Vaccination in Bombay 1863-1868 - 1863-1868
Year: 1863
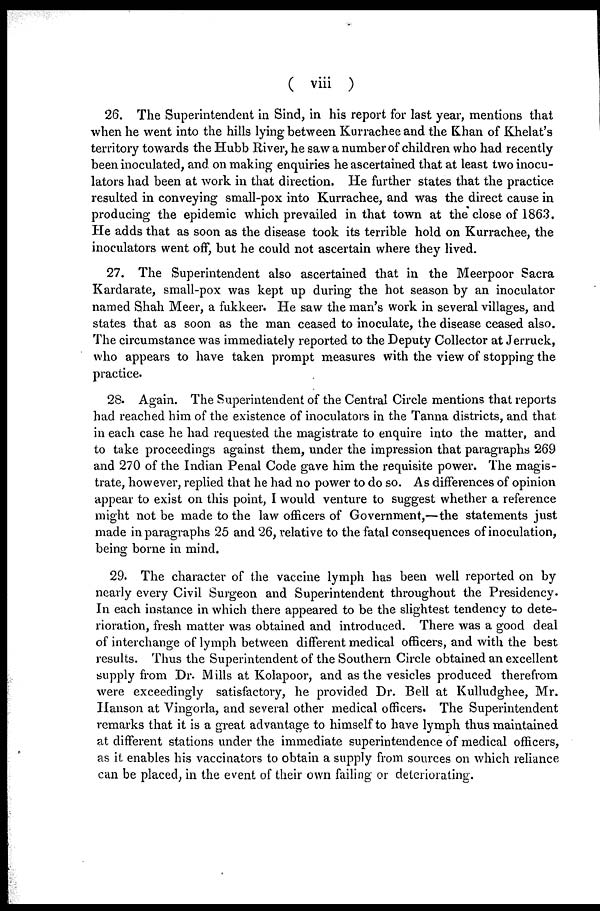
( viii )
26. The Superintendent in Sind, in his report for last year, mentions that
when he went into the hills lying between Kurrachee and the Khan of Khelat's
territory towards the Hubb River, he saw a number of children who had recently
been inoculated, and on making enquiries he ascertained that at least two inocu-
lators had been at work in that direction. He further states that the practice
resulted in conveying small-pox into Kurrachee, and was the direct cause in
producing the epidemic which prevailed in that town at the close of 1863.
He adds that as soon as the disease took its terrible hold on Kurrachee, the
inoculators went off, but he could not ascertain where they lived.
27. The Superintendent also ascertained that in the Meerpoor Sacra
Kardarate, small-pox was kept up during the hot season by an inoculator
named Shah Meer, a fukkeer. He saw the man's work in several villages, and
states that as soon as the man ceased to inoculate, the disease ceased also.
The circumstance was immediately reported to the Deputy Collector at Jerruck,
who appears to have taken prompt measures with the view of stopping the
practice.
28. Again. The Superintendent of the Central Circle mentions that reports
had reached him of the existence of inoculators in the Tanna districts, and that
in each case he had requested the magistrate to enquire into the matter, and
to take proceedings against them, under the impression that paragraphs 269
and 270 of the Indian Penal Code gave him the requisite power. The magis-
trate, however, replied that he had no power to do so. As differences of opinion
appear to exist on this point, I would venture to suggest whether a reference
might not be made to the law officers of Government,—the statements just
made in paragraphs 25 and 26, relative to the fatal consequences of inoculation,
being borne in mind.
29. The character of the vaccine lymph has been well reported on by
nearly every Civil Surgeon and Superintendent throughout the Presidency.
In each instance in which there appeared to be the slightest tendency to dete-
rioration, fresh matter was obtained and introduced. There was a good deal
of interchange of lymph between different medical officers, and with the best
results. Thus the Superintendent of the Southern Circle obtained an excellent
supply from Dr. Mills at Kolapoor, and as the vesicles produced therefrom
were exceedingly satisfactory, he provided Dr. Bell at Kulludghee, Mr.
Hanson at Vingorla, and several other medical officers. The Superintendent
remarks that it is a great advantage to himself to have lymph thus maintained
at different stations under the immediate superintendence of medical officers,
as it enables his vaccinators to obtain a supply from sources on which reliance
can be placed, in the event of their own failing or deteriorating.